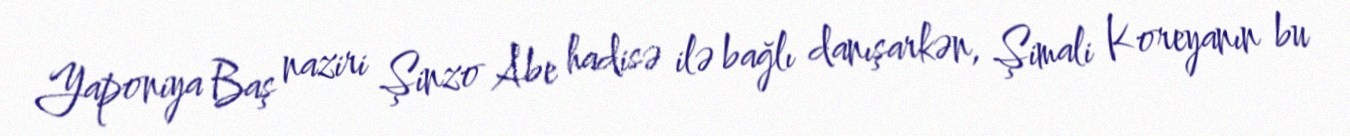
Yaponiya Baş naziri Şinzo Abe hadisə ilə bağlı danışarkən, Şimali Koreyanın bu